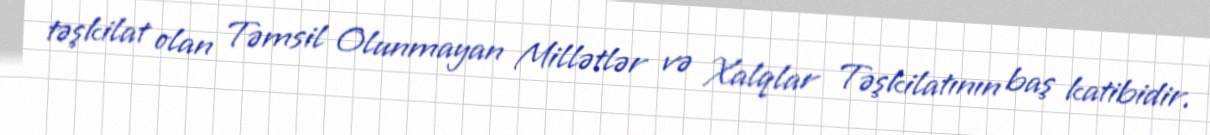
təşkilat olan Təmsil Olunmayan Millətlər və Xalqlar Təşkilatının baş katibidir.